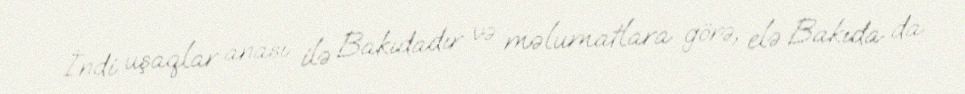
İndi uşaqlar anası ilə Bakıdadır və məlumatlara görə, elə Bakıda da